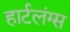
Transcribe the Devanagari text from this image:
हार्टलंग्स